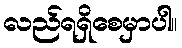
လည်ရရှိစေမှာပါ။